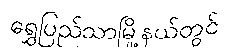
ရွှေပြည်သာမြို့နယ်တွင်